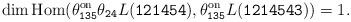
LaTeX: \begin{align*}\dim\mathrm{Hom}(\theta_{\mathtt{135}}^{\mathrm{on}}\theta_{\mathtt{24}}L(\mathtt{121454}),\theta_{\mathtt{135}}^{\mathrm{on}}L(\mathtt{1214543}))=1. \end{align*}